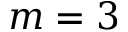
m = 3